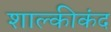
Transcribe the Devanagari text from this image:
शाल्कीकंद